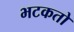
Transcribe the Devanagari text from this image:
भटकतो